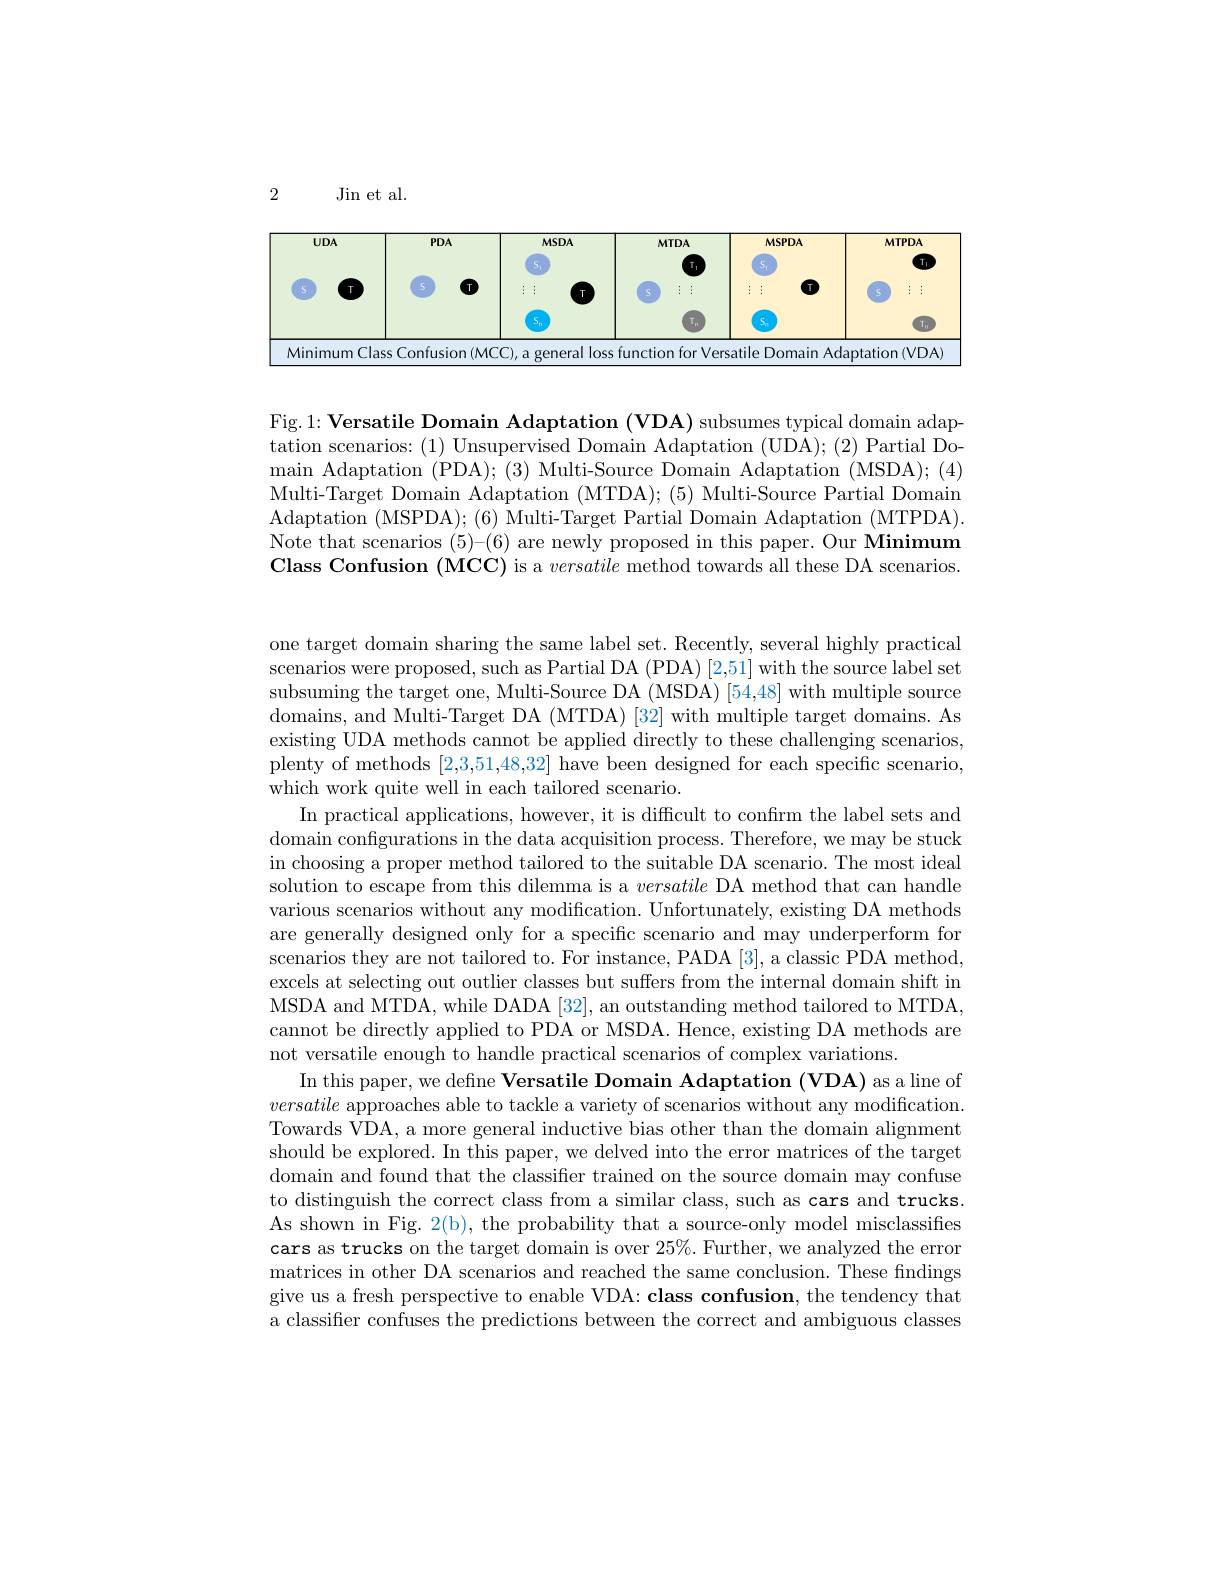
2

Jin et al.

<table>
	<tbody>
		<tr>
			<th>$UDA$</th>
			<th>$PDA$</th>
			<th>MSDA</th>
			<th>MTDA</th>
			<th>MSPDA</th>
			<th>MTPDA $T_1$</th>
		</tr>
		<tr>
			<td> </td>
			<td> </td>
			<td>$S_n$</td>
			<td>T n</td>
			<td>$S_n$</td>
			<td>$Ta$</td>
		</tr>
		<tr>
			<td>Cla Minimum</td>
			<td>ass Confusion(MO</td>
			<td>$-CO,a$ general loss</td>
			<td>function $1for$ $\cdot V\epsilon$</td>
			<td>rsatile Domain Ad .</td>
			<td>VDA aptation</td>
		</tr>
	</tbody>
</table>

Fig. 1: Versatile Domain Adaptation (VDA) subsumes typical domain adaptation scenarios: (1) Unsupervised Domain Adaptation (UDA);(2) Partial Domain Adaptation (PDA); (3) Multi-Source Domain Adaptation (MSDA); (4) Multi-Target Domain Adaptation (MTDA); (5) Multi-Source Partial Domain Adaptation (MSPDA); (6) Multi-Target Partial Domain Adaptation (MTPDA). Note that scenarios (5)-(6) are newly proposed in this paper. Our Minimum Class Confusion (MCC) is a versatile method towards all these DA scenarios

one target domain sharing the same label set. Recently, several highly practical scenarios were proposed, such as Partial DA (PDA) [2,51] with the source label set subsuming the target one, Multi-Source DA (MSDA) [54,48] with multiple source domains, and Multi-Target DA (MTDA) [32] with multiple target domains. As existing UDA methods cannot be applied directly to these challenging scenarios, plenty of methods [2,3,51,48,32] have been designed for each specific scenario, which work quite well in each tailored scenario.
In practical applications, however, it is difficult to confirm the label sets and domain configurations in the data acquisition process. Therefore, we may be stuck in choosing a proper method tailored to the suitable DA scenario. The most ideal solution to escape from this dilemma is a versatile DA method that can handle various scenarios without any modification. Unfortunately, existing DA methods are generally designed only for a specific scenario and may underperform for scenarios they are not tailored to. For instance, PADA [3], a classic PDA method excels at selecting out outlier classes but suffers from the internal domain shift in MSDA and MTDA, while DADA [32], an outstanding method tailored to MTDA, cannot be directly applied to PDA or MSDA. Hence, existing DA methods are not versatile enough to handle practical scenarios of complex variations.
In this paper, we define Versatile Domain Adaptation (VDA) as a line of versatile approaches able to tackle a variety of scenarios without any modification. Towards VDA, a more general inductive bias other than the domain alignment should be explored. In this paper, we delved into the error matrices of the target domain and found that the classifier trained on the source domain may confuse to distinguish the correct class from a similar class, such as cars and trucks. As shown in Fig. 2(b), the probability that a source-only model misclassifies cars as trucks on the target domain is over $25\%$.Further, we analyzed the error matrices in other DA scenarios and reached the same conclusion. These fndings give us a fresh perspective to enable VDA: class confusion, the tendency that a classifier confuses the predictions between the correct and ambiguous classes